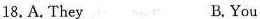
18.A. They B.You